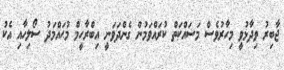
ޖާބިރު ވިދާޅުވީ މިހާރުވެސް މަސައްކަތް ކުރައްވަމުން ގެންދަވަނީ އިބްރާހީމް މުޙައްމަދު ސޯލިހާއި އެކު